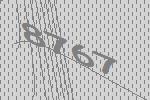
8767